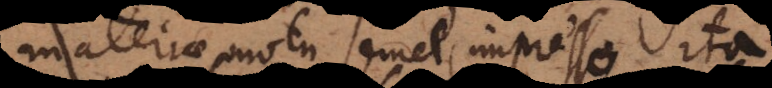
materiae motu semel impresso, ita